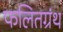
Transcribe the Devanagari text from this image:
फलितग्रंथ